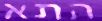
התא